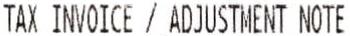
TAX INVOICE / ADJUSTMENT NOTE